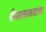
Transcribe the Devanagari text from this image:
फैसलाबादचा